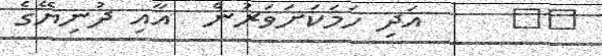
١٣     އަދި ހަމަކަށަވަރުން  އާއި ދުނިޔޭގެ